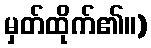
မှတ်ထိုက်၏။)